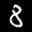
Label: 8